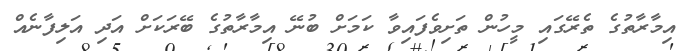
އިމާރާތުގެ ތެރޭގައި މީހުން ތަށިވެފައިވާ ކަމަށް ބުނޭ އިމާރާތުގެ ބޭރަކަށް އަދި އަލިފާނެއް